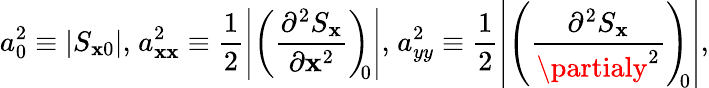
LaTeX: a_{0}^{2}\equiv|S_{\mathbf{x}0}|,\; \! a_{\mathbf{x}\mathbf{x}}^{2}\equiv\frac{{1}}{{2}}\left|\left(\frac{{\partial^{2}S_{\mathbf{x}}}}{{\partial\mathbf{x}^{2}}}\right)_{\! \! 0}\right|,\; \! a_{yy}^{2}\equiv\frac{{1}}{{2}}\left|\left(\frac{{\partial^{2}S_{\mathbf{x}}}}{{\partialy^{2}}}\right)_{\! \! 0}\right|,